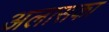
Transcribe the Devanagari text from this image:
अलासका